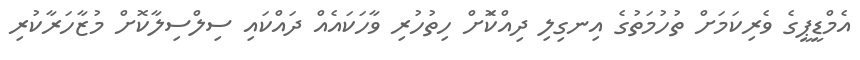
އެމްޑީޕީގެ ވެރިކަމަށް ތުހުމަތުގެ އިނގިލި ދިއްކޮަށް ހިތުހުރި ވާހަކައެއް ދައްކައި ސިލްސިލާކޮށް މުޒާހަރާކުރި